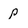
Character: p